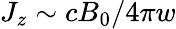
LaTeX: J_{z}\sim cB_{0}/4\pi w